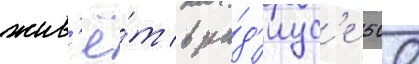
жив'ё́т в ра́д'иус'е 500